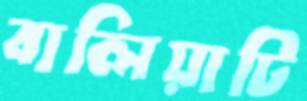
বালিয়াটি